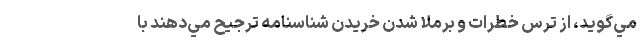
مي‌گويد، از ترس خطرات و برملا شدن خريدن شناسنامه ترجيح مي‌دهند با